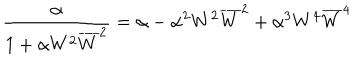
\frac { \alpha } { 1 + \alpha W ^ { 2 } \overline { { { W } } } ^ { 2 } } = \alpha - \alpha ^ { 2 } W ^ { 2 } \overline { { { W } } } ^ { 2 } + \alpha ^ { 3 } W ^ { 4 } \overline { { { W } } } ^ { 4 }